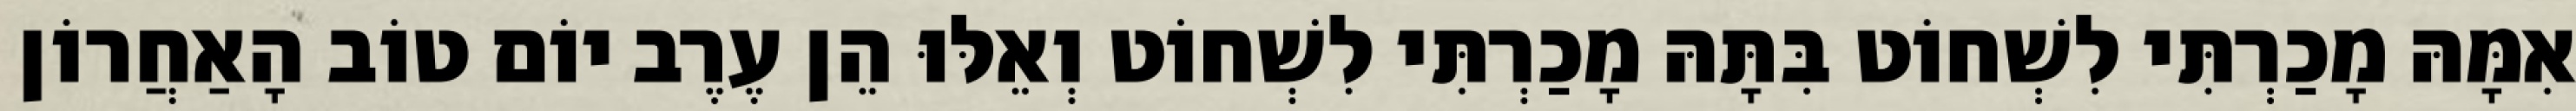
אִמָּהּ מָכַרְתִּי לִשְׁחוֹט בִּתָּהּ מָכַרְתִּי לִשְׁחוֹט וְאֵלּוּ הֵן עֶרֶב יוֹם טוֹב הָאַחֲרוֹן